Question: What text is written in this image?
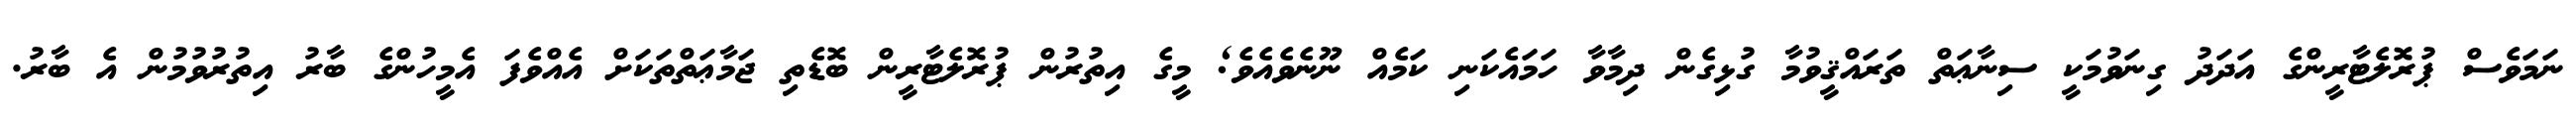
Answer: ނަމަވެސް ޕުރޮލެޓާރީންގެ އަދަދު ގިނަވުމަކީ ސިނާޢަތް ތަރައްޤީވުމާ ގުޅިގެން ދިމާވާ ހަމައެކަނި ކަމެއް ނޫނެވެއެވެ; މީގެ އިތުރުން ޕުރޮލެޓާރީން ބޮޑެތި ޖަމާޢަތްތަކަށް އެއްވެފަ އެމީހުންގެ ބާރު އިތުރުވުމުން އެ ބާރު.